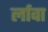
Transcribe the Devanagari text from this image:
र्लावा